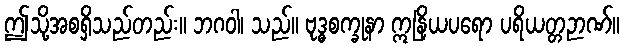
ဤသို့အစရှိသည်တည်း။ ဘဂဝါ၊ သည်။ ဗုဒ္ဓစက္ခုနာ ဣနြိယပရော ပရိယတ္တဉာဏ်။